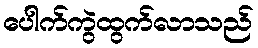
ပေါက်ကွဲထွက်လာသည်